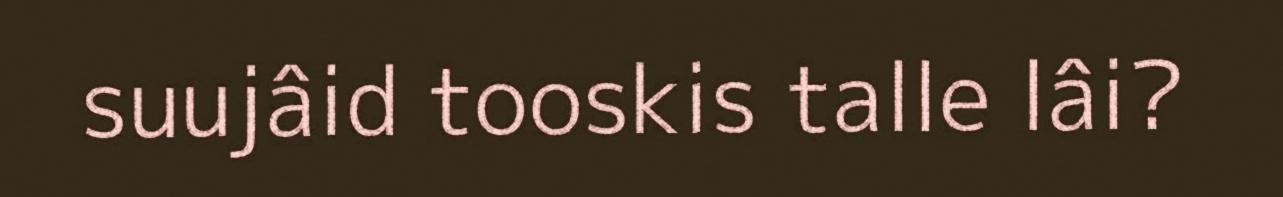
suujâid tooskis talle lâi?